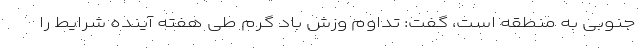
جنوبی به منطقه است، گفت: تداوم وزش باد گرم طی هفته آینده شرایط را